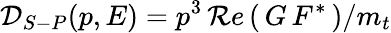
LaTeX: {\cal D}_{S-P}(p,E)=p^{3}\, {\cal R}e\left(\, G\, F^{*}\, \right)/m_{t}